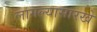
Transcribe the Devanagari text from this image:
लागल्यासारखे